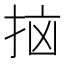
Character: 𫼭